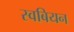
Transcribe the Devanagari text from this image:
स्वबियन